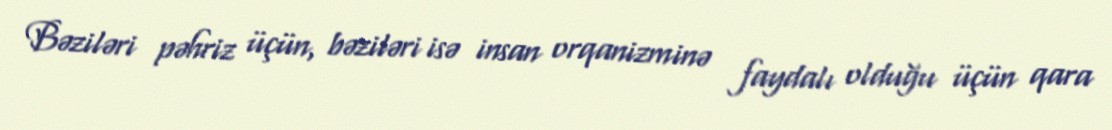
Bəziləri pəhriz üçün, bəziləri isə insan orqanizminə faydalı olduğu üçün qara